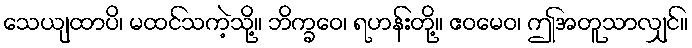
သေယျထာပိ၊ မထင်သကဲ့သို့။ ဘိက္ခဝေ၊ ရဟန်းတို့။ ဧဝမေဝ၊ ဤအတူသာလျှင်။